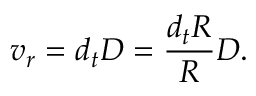
v _ { r } = d _ { t } D = { \frac { d _ { t } R } { R } } D .